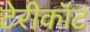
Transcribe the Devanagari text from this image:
टेरीकॉट